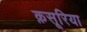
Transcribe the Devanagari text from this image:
क़सूरिया